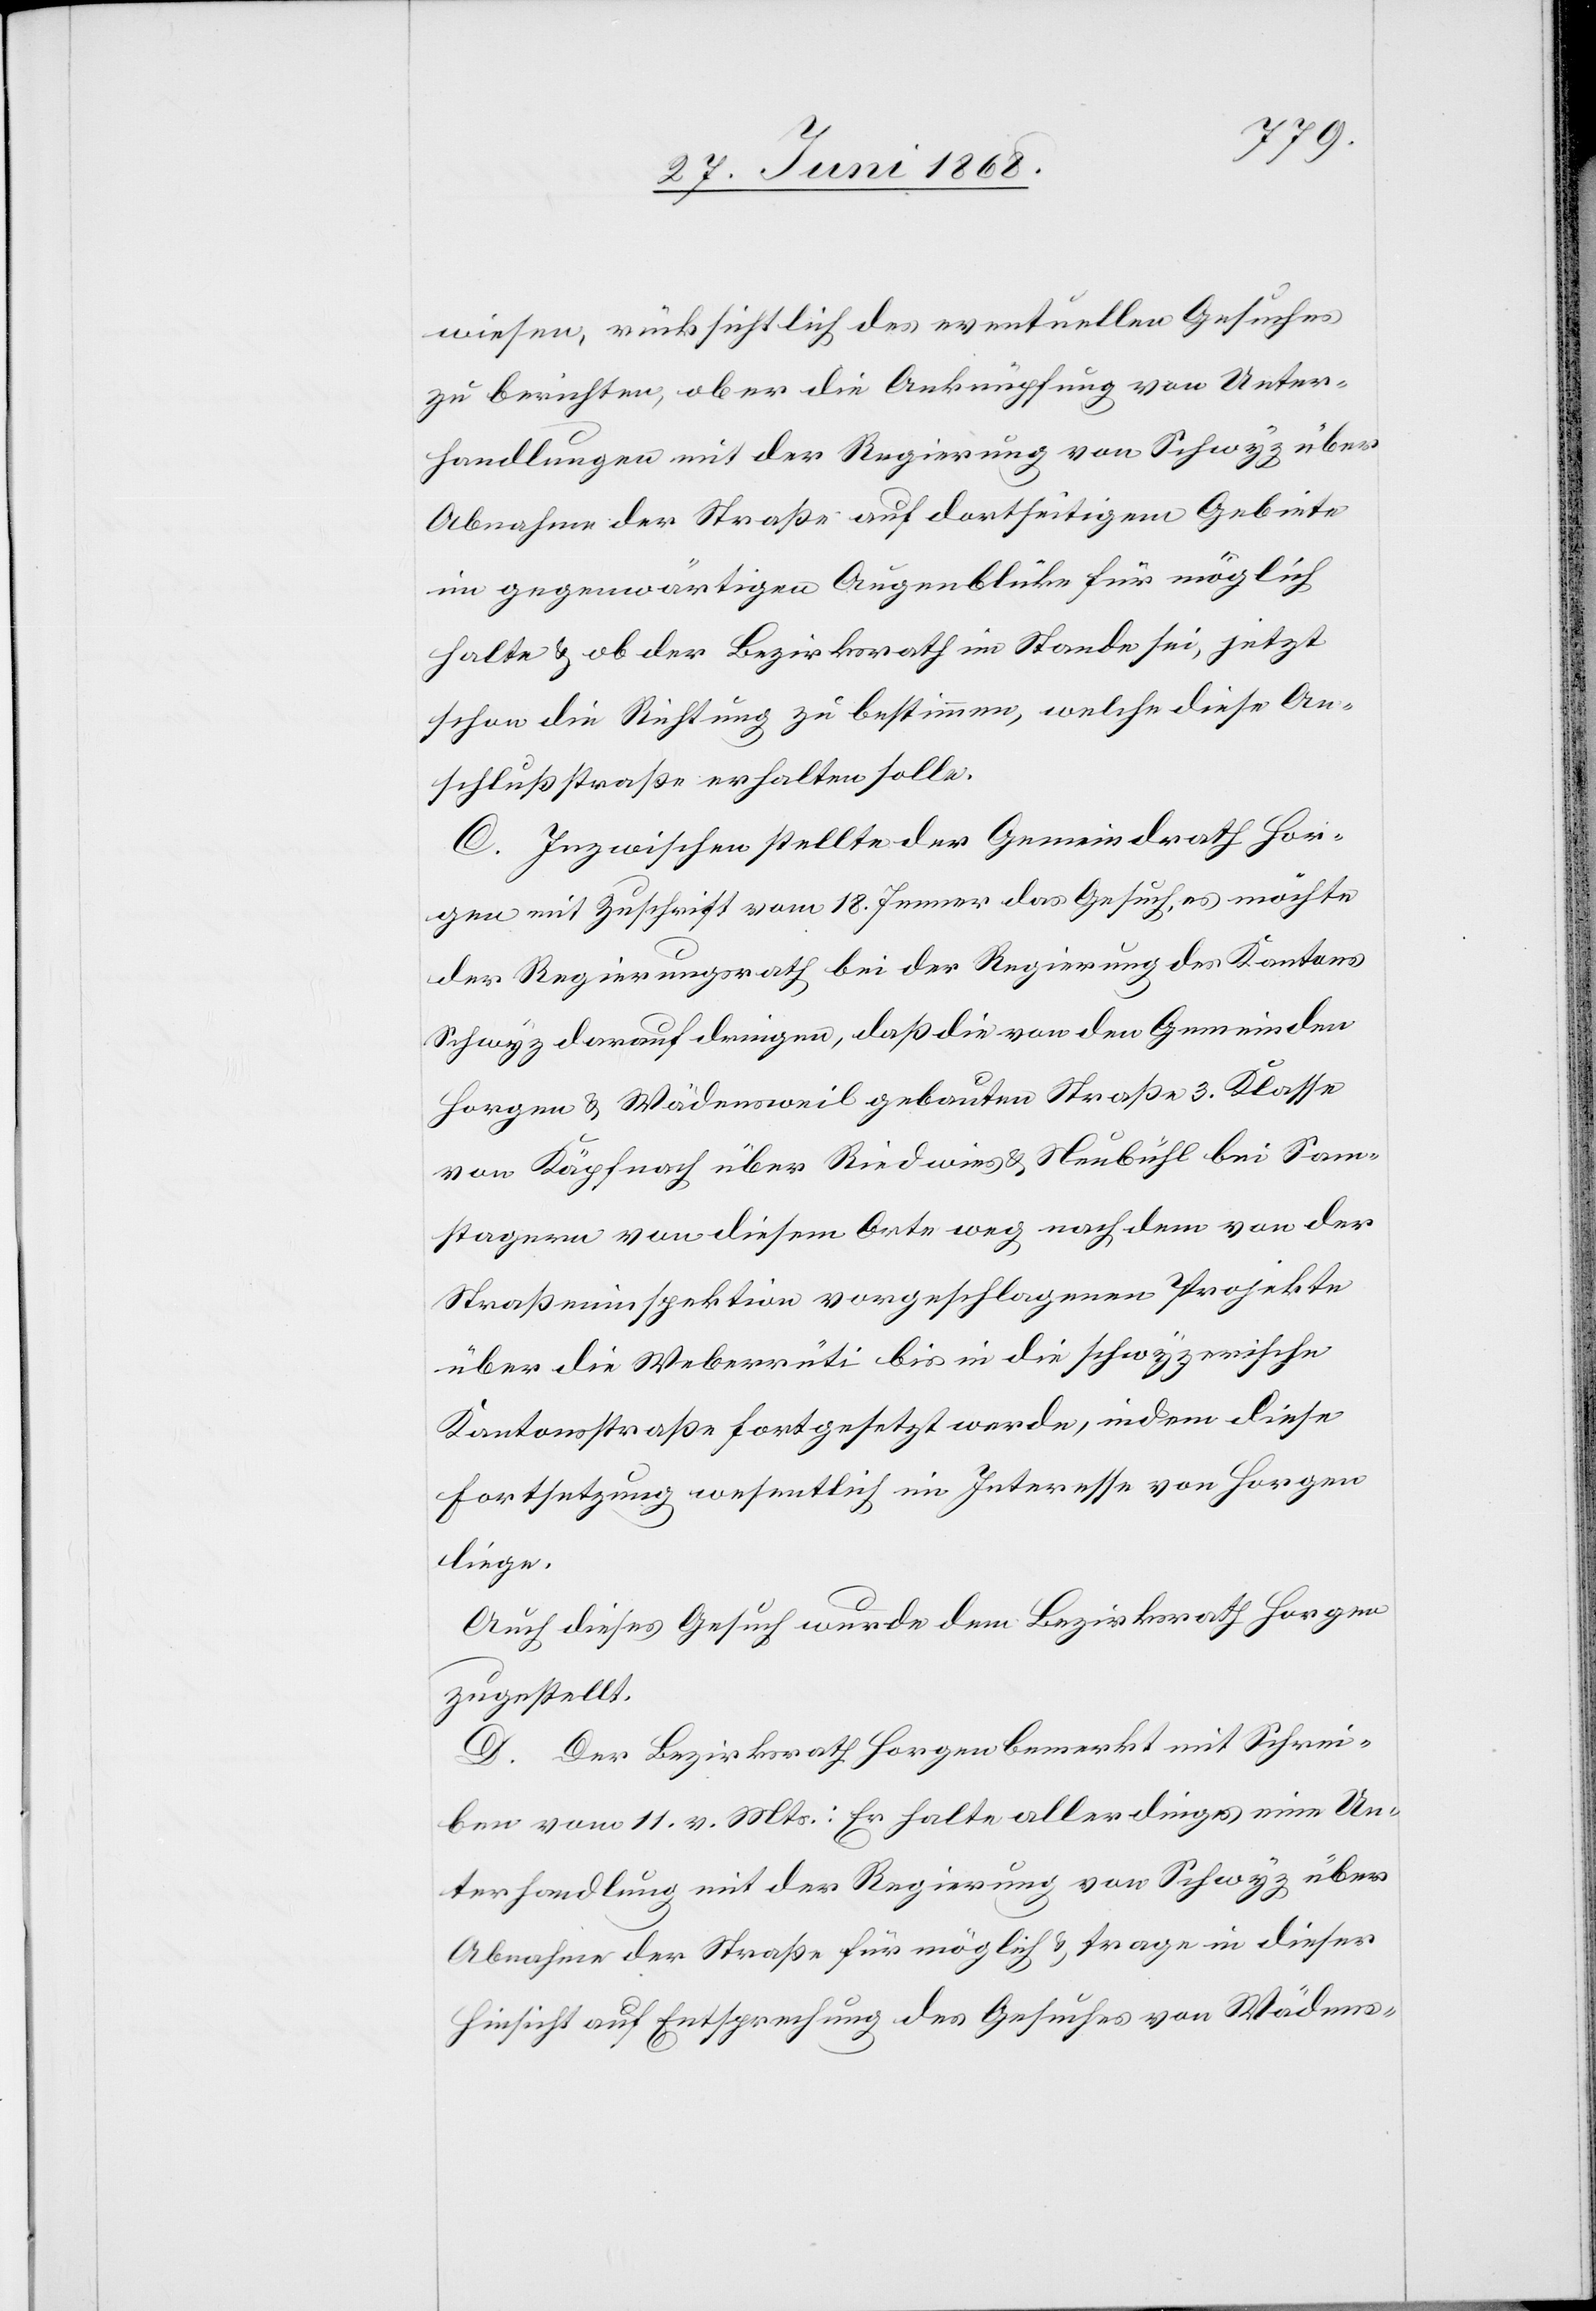
wiesen, rücksichtlich des eventuellen Gesuches
zu berichten, ob er die Anknüpfung von Unter¬
handlungen mit der Regierung von Schwyz über
Abnahme der Straße auf dortseitigem Gebiete
im gegenwärtigen Augenblicke für möglich
halte & ob der Bezirksrath im Stande sei, jetzt
schon die Richtung zu bestimmen, welche diese An¬
schlußstraße erhalten solle.
C. Inzwischen stellte der Gemeindrath Hor¬
gen mit Zuschrift vom 18. Jenner das Gesuch, es möchte
der Regierungsrath bei der Regierung des Kantons
Schwyz darauf dringen, daß die von den Gemeinden
Horgen & Wädensweil gebauten [sic!] Straße 3. Klasse
von Käpfnach über Riedwies & Neubühl bei Sam¬
stagern von diesem Orte weg nach dem von der
Straßeninspektion vorgeschlagenen Projekte
über die Weberrüti bis in die schwyzerische
Kantonsstraße fortgesetzt werde, indem diese
Fortsetzung wesentlich im Interesse von Horgen
liege.
Auch dieses Gesuch wurde dem Bezirksrath Horgen
zugestellt.
D. Der Bezirksrath Horgen bemerkt mit Schrei¬
ben vom 11. v. Mts.: Er halte allerdings eine Un¬
terhandlung mit der Regierung von Schwyz über
Abnahme der Straße für möglich & trage in dieser
Hinsicht auf Entsprechung des Gesuches von Wädens-